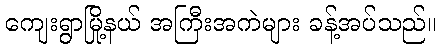
ကျေးရွာမြို့နယ် အကြီးအကဲများ ခန့်အပ်သည်။